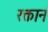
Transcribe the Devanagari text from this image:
रक्तानं